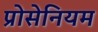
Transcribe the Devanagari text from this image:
प्रोसेनियम